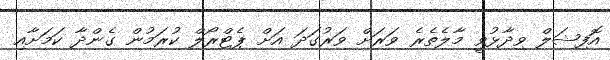
އޮފިޝަލް ވިދާޅުވީ މާލެތެރެ ވަރަށް ވަރުގަދަ އަށް ޕެޓްރޯލް ކުރަމުން ގެންދާ ކަމަށާއި